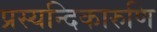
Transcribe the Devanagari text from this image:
प्रस्यन्दिकारुणि